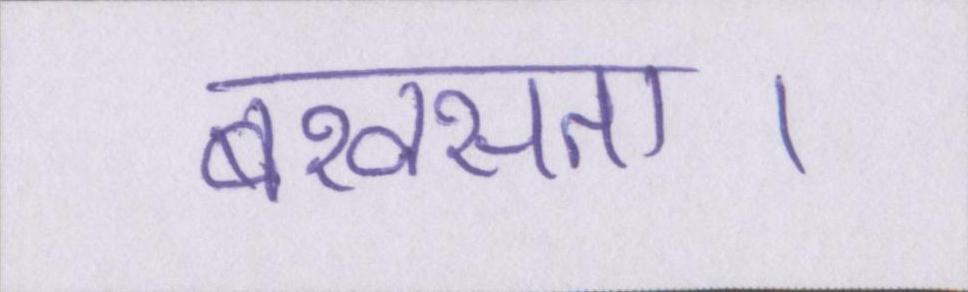
बखसता।